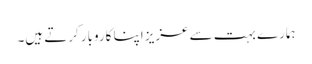
ہمارے بہت سے عزیز اپنا کاروبار کرتے ہیں۔